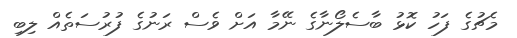
މެޗުގެ ފަހު ކޮޅު ބާސެލޯނާގެ ނޭމާ އަށް ވެސް ރަނުގެ ފުރުސަތެއް ލިބި